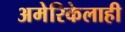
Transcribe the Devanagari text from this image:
अमेरिकेलाही